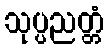
သုပ္ပညတ္တံ